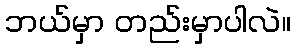
ဘယ်မှာ တည်းမှာပါလဲ။